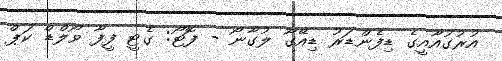
އުރުގުއާއީގެ ޑިފެންޑަރު ޑިއޭގޯ ލުގާނޯ - ފޮޓޯ: ގެޓީ ފީފާ ވޯލްޑް ކަޕް